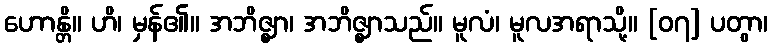
ဟောန္တိ။ ဟိ၊ မှန်၏။ အဘိဇ္ဈာ၊ အဘိဇ္ဈာသည်။ မူလံ၊ မူလအရာသို့။ [၀၇] ပတွာ၊